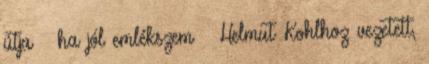
útja – ha jól emlékszem – Helmut Kohlhoz vezetett,